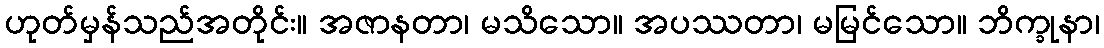
ဟုတ်မှန်သည်အတိုင်း။ အဇာနတာ၊ မသိသော။ အပဿတာ၊ မမြင်သော။ ဘိက္ခုနာ၊